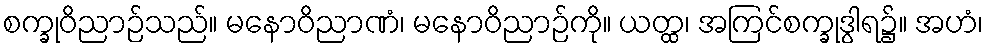
စက္ခုဝိညာဉ်သည်။ မနောဝိညာဏံ၊ မနောဝိညာဉ်ကို။ ယတ္ထ၊ အကြင်စက္ခုဒွါရ၌။ အဟံ၊